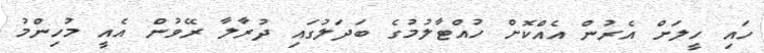
ހައި ހީލަށް އެރުން އެއްކޮށް ހުއްޓާލުމުގެ ބަދަލުގައި ދުރާލާ ރޭވުން އެއީ މުހިންމު